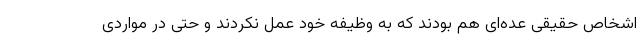
اشخاص حقیقی عده‌ای هم بودند که به وظیفه خود عمل نکردند و حتی در مواردی